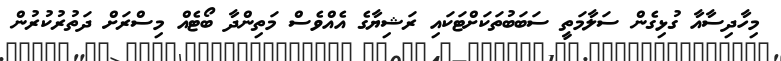
މިހާދިސާއާ ގުޅިގެން ސަލާމަތީ ސަބަބުތަކަށްޓަކައި ރަޝިޔާގެ އެއްވެސް މަތިންދާ ބޯޓެއް މިސްރަށް ދަތުރުކުރުން